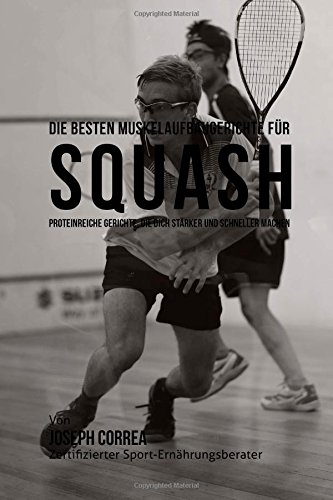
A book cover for Die besten Muskelaufbaugerichte fur Squash: Proteinreiche Gerichte, die dich starker und schneller machen (German Edition); Joseph Correa (Zertifizierter Sport-Ernahrungsberater); Sports & Outdoors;